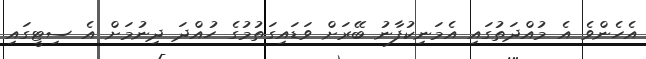
އެހެންވެ އެ މުއްދަތުގައި އެމަނިކުފާނު ބޭރަށް ވަޑައިގަތުމުގެ ހުއްދަ ދިނުމަށް އެ ސިޓީގައި